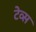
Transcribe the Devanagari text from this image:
टेव्स